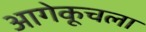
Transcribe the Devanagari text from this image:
आगेकूचला